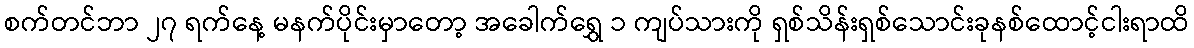
စက်တင်ဘာ ၂၇ ရက်နေ့ မနက်ပိုင်းမှာတော့ အခေါက်ရွှေ ၁ ကျပ်သားကို ရှစ်သိန်းရှစ်သောင်းခုနစ်ထောင့်ငါးရာထိ